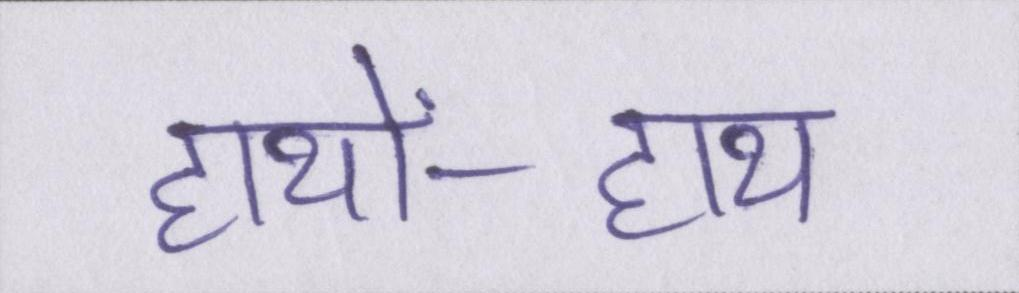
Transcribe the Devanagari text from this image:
हाथों-हाथ